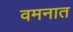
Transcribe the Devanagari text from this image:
वमनात